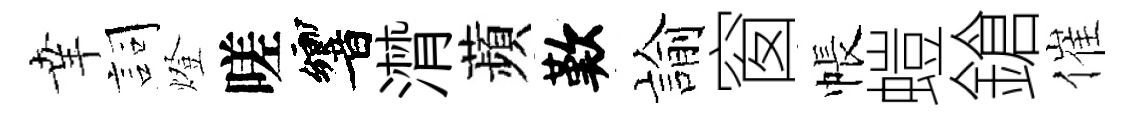
𦍒詞燈嗟響潸蘋歎諭窗帳螘鎗催